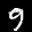
Label: 9